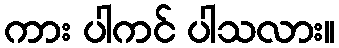
ကား ပါကင် ပါသလား။